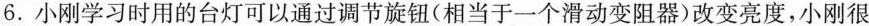
6.小刚学习时用的台灯可以通过调节旋钮(相当于一个滑动变阻器)改变亮度，小刚很